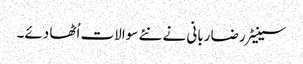
سینیٹر رضا ربانی نے نئے سوالات اُٹھا دئے۔